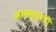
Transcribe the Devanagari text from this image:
क्रायस्लरची